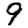
Digit: 9